Vaccination returns of the Province of Eastern Bengal and Assam - 1905-1912
Year: 1905
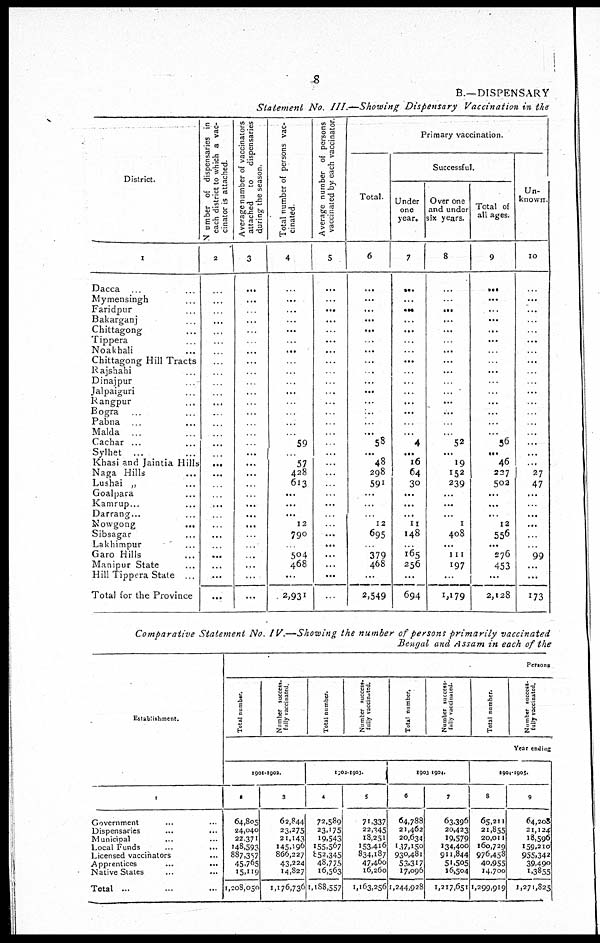
8
B.—DISPENSARY
Statement No. III.—Showing Dispensary Vaccination in the
District.
1
Dacca... ...
Mymensingh... ...
Faridpur... ...
Bakarganj... ...
Chittagong... ...
Tippera... ...
Noakhali... ...
Chittagong Hill Tracts
Rajshahi... ...
Dinajpur...
...
Jalpaiguri... ...
Rangpur... ...
Bogra... ...
Pabna... ...
Malda... ...
Cachar... ...
Sylhet... ...
Khasi and Jaintia Hills
Naga Hills... ...
Lushai „ ...
Goalpara... ...
Kamrup...
Darrang...
Nowgong...
...
Sibsagar... ...
Lakhimpur...
Garo Hills... ...
Manipur State... ...
Hill Tippera State ...
Total for the Province
Number of dispensaries in
each district to which a vac-
cinator is attached.
2
...
...
...
...
...
...
...
...
...
...
...
...
...
...
...
...
...
...
...
...
...
...
...
...
...
...
...
...
...
...
Average number of vaccinators
attached to dispensaries
during the season.
3
...
...
...
...
...
. .
...
...
...
...
...
...
...
...
...
...
...
...
...
...
...
...
...
...
...
...
...
...
...
...
Total number of persons vac-
cinated.
4
...
...
...
...
...
...
...
...
...
...
...
...
...
...
...
59
...
57
428
613
...
...
...
12
790
...
504
468
...
2,931
Average number of persons
vaccinated by each vaccinator.
5
...
...
...
...
...
...
...
...
...
...
...
...
...
...
...
...
...
...
...
...
...
...
...
...
...
...
...
...
...
...
Primary vaccination.
Total.
6
...
...
...
...
...
...
...
...
...
...
...
...
...
...
...
58
...
48
298
591
...
...
...
12
695
...
379
468
...
2,549
Successful.
Under
one
year.
7
...
...
...
...
...
...
...
...
...
...
...
...
...
...
...
4
...
16
64
30
...
...
...
11
148
...
165
256
...
694
Over one
and under
six years.
8
...
...
...
...
...
...
...
...
...
...
...
...
...
...
...
52
...
19
152
239
...
...
...
1
408
...
111
197
...
1,179
Total of
all ages.
9
...
...
...
...
...
...
...
...
...
...
...
...
...
...
...
56
...
46
237
502
...
...
...
12
556
...
276
453
...
2,128
Un-
known.
10
...
...
...
...
...
...
...
...
...
.
...
...
...
...
...
...
...
...
27
47
...
...
...
...
...
...
99
...
...
173
Comparative Statement No. IV.—Showing the number of persons primarily vaccinated
Bengal and Assam in each of the
Establishment.
1
Government... ...
Dispensaries... ...
Municipal... ...
Local Funds... ...
Licensed vaccinators... ...
Apprentices...
...
Native States... ...
Total ...
Persons
Total number.
Number success-
fully vaccinated.
Total number.
Number success-
fully vaccinated.
Total number.
Number success-
fully vaccinated.
Total number.
Number success-
fully vaccinated.
Year ending
1901-1902.
2
64,805
24,040
22,371
148,593
887,357
45,765
15,119
1,208,050
3
62,844
23,275
21,143
145,196
866,227
43,224
14,827
1,176,736
1902-1903.
4
72,589
23,175
19,543
155,567
852,345
48,775
16,563
1,188,557
5
71,337
22,345
18,251
153,416
834,187
47,460
16,260
1,163,256
1903-1904.
6
64,788
21,462
20,634
137,150
930,481
53,317
17,096
1,244,928
7
63,396
20,423
19,579
134,400
911,844
51,505
16,504
1,217,651
1904-1905.
8
65,211
21,855
20,011
160,729
976,458
40,955
14,700
1,299,919
9
64,208
21,124
18,596
159,210
955,342
39,490
1,3855
1,271,825